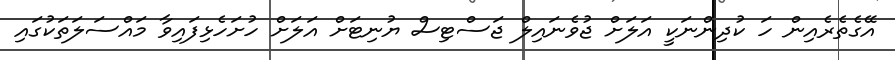
އޭގެތެރެއިން ހަ ކުދިންނަކީ އަލަށް ޖުވެނައިލް ޖަސްޓިސް ޔުނިޓަށް އަލަށް ހުށަހެޅިފައިވާ މައްސަލަތަކުގައި